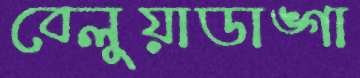
বেলুয়াডাঙ্গা